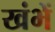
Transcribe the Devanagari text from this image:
खंभें